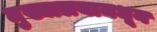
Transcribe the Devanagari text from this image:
मुख्यालयामधून